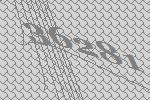
36281